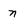
Character: n